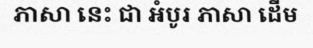
ភាសា នេះ ជា អំបូរ ភាសា ដើម